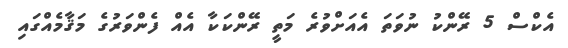
އެކްސް 5 ރޭންކު ނުވަތަ އެއަށްވުރެ މަތީ ރޭންކަކާ އެއް ފެންވަރުގެ މަޤާމެއްގައި